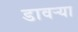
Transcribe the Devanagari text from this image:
डावर्‍या